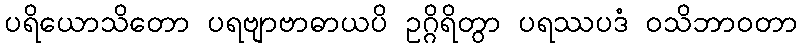
ပရိယောသိတော ပရဗျာဗာဓာယပိ ဥဂ္ဂိရိတွာ ပရဿပဒံ ဝသိဘာဝတာ